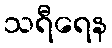
သရီရေန